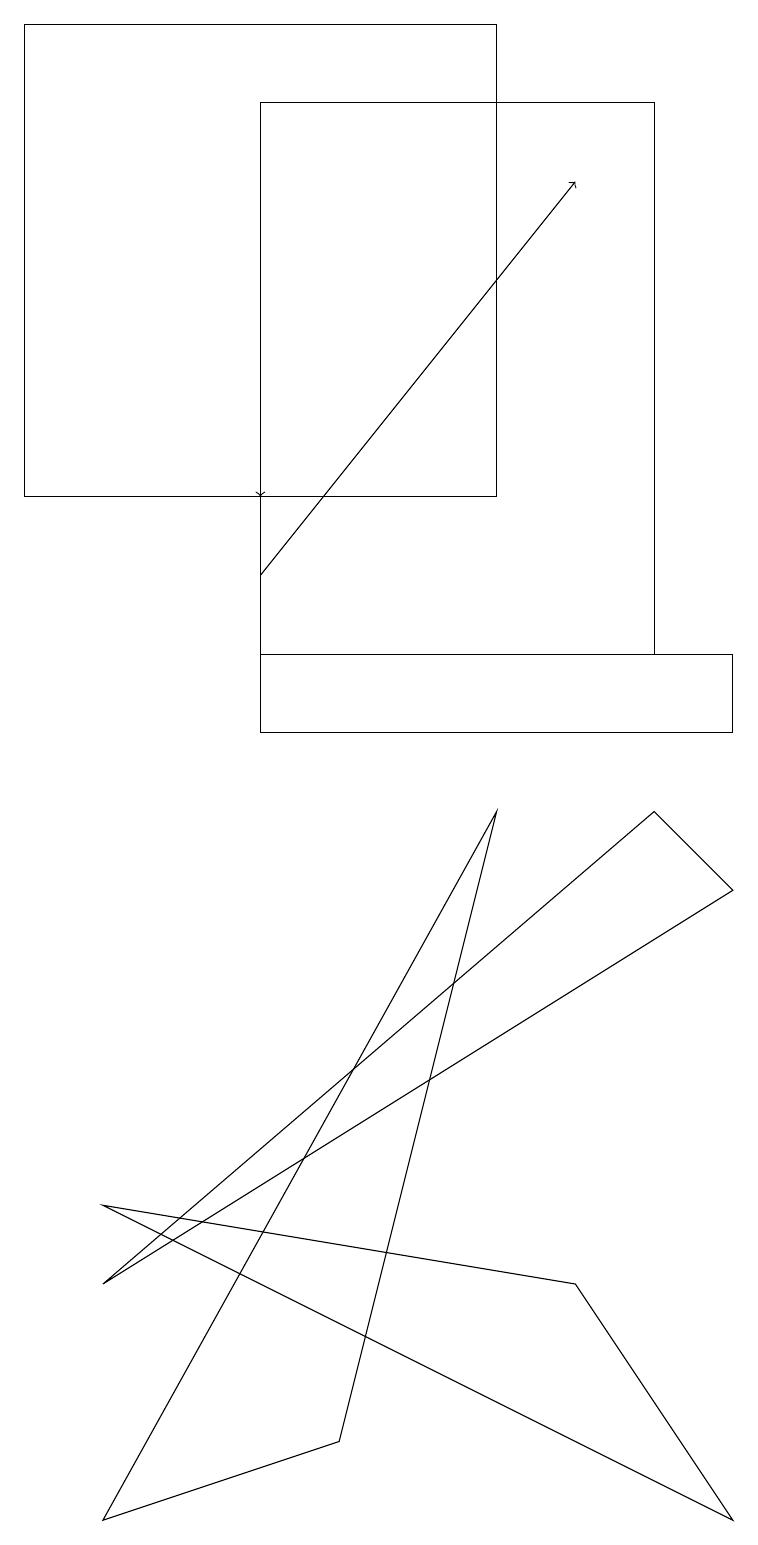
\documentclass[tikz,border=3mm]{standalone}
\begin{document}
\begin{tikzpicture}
\draw[->] (3,12) -- (7,17);
\draw (7,3) -- (1,4) -- (9,0) -- cycle;
\draw (4,1) -- (6,9) -- (1,0) -- cycle;
\draw (9,11) rectangle (3,10);
\draw (3,11) rectangle (8,18);
\draw[->] (3,14) -- (3,13);
\draw (0,13) rectangle (6,19);
\draw (1,3) -- (8,9) -- (9,8) -- cycle;
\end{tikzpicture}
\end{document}